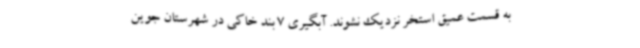
به قسمت عمیق استخر نزدیک نشوند. آبگیری 7 بند خاکی در شهرستان جوین